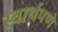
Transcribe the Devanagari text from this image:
स्वार्थपणे